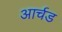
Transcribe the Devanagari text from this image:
आर्चड